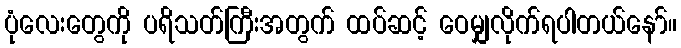
ပုံလေးတွေကို ပရိသတ်ကြီးအတွက် ထပ်ဆင့် ဝေမျှလိုက်ရပါတယ်နော်။